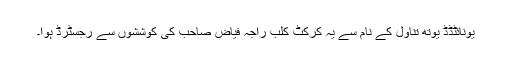
یونائٹڈڈ یوتھ تناول کے نام سے یہ کرکٹ کلب راجہ فیاض صاحب کی کوششوں سے رجسٹرڈ ہوا۔